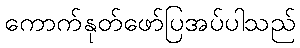
ကောက်နုတ်ဖော်ပြအပ်ပါသည်